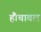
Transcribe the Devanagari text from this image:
हैं।चावल